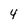
Character: 4